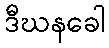
ဒီဃနခေါ